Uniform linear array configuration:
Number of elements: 16
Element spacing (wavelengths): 0.25
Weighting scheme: hann
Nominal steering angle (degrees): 0
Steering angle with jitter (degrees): -0.2859
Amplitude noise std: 0.05
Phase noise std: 0.05

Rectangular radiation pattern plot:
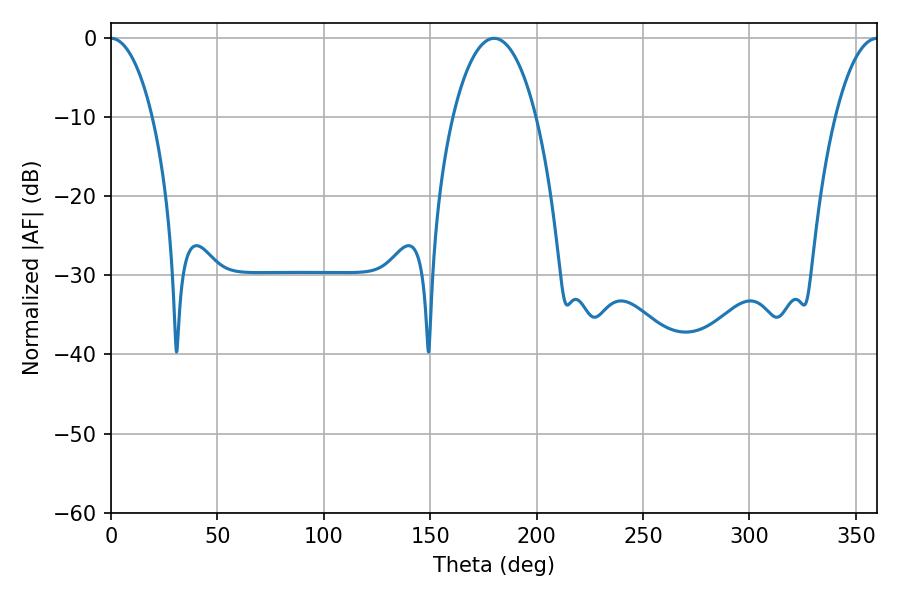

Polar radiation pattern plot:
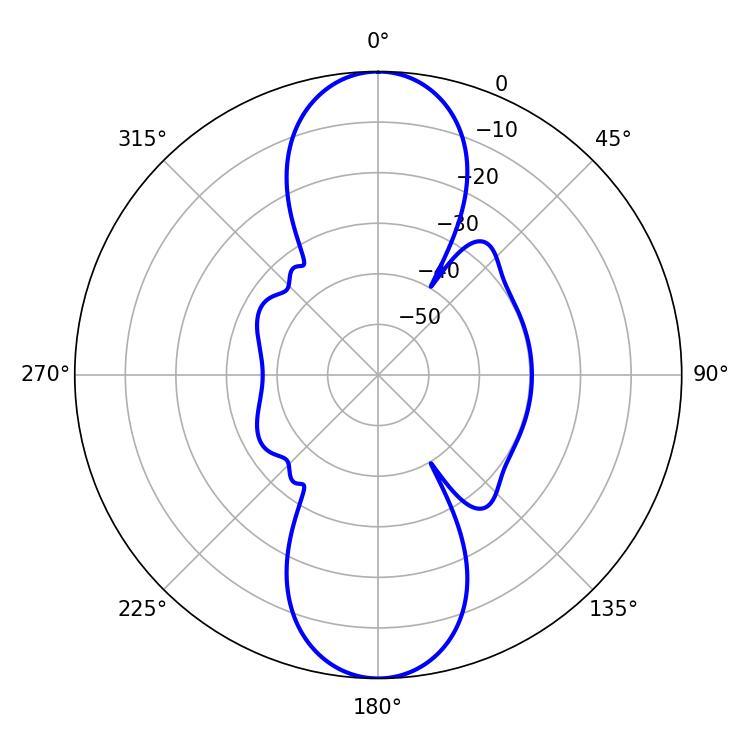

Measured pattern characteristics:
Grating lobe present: FALSE
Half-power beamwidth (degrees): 10.98
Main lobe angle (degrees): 0